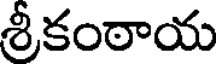
శ్రీకంఠాయ